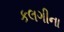
કલગીના